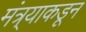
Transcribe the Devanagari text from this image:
मंत्र्याकडून